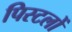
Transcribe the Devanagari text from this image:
पिस्टलों